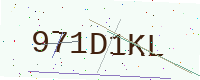
Text: 971D1KL